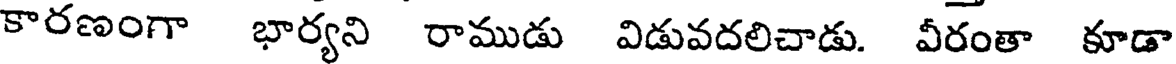
కారణంగా భార్యని రాముడు విడువదలిచాడు. వీరంతా కూడా